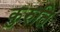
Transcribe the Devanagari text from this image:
कुरुति